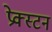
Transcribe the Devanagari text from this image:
प्रेक्स्टन